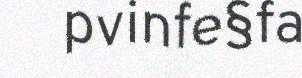
pvinfe§fa